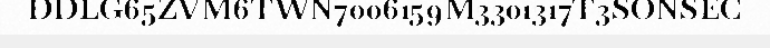
DDLG65ZVM6TWN7006159M3301317T3SONSEC